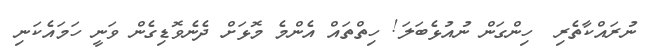
ނުރައްކާތެރި  ހިންގަން ނުއުޅެބަލަ! ހިތްތައް އެންމެ މޮޅަށް ދެނެވޮޑިގެން ވަނީ ހަމައެކަނި